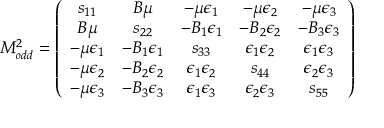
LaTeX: { \cal M } _ { o d d } ^ { 2 } = \left( \begin{array} { c c c c c } { { s _ { 1 1 } } } & { { B \mu } } & { { - \mu \epsilon _ { 1 } } } & { { - \mu \epsilon _ { 2 } } } & { { - \mu \epsilon _ { 3 } } } \\ { { B \mu } } & { { s _ { 2 2 } } } & { { - B _ { 1 } \epsilon _ { 1 } } } & { { - B _ { 2 } \epsilon _ { 2 } } } & { { - B _ { 3 } \epsilon _ { 3 } } } \\ { { - \mu \epsilon _ { 1 } } } & { { - B _ { 1 } \epsilon _ { 1 } } } & { { s _ { 3 3 } } } & { { \epsilon _ { 1 } \epsilon _ { 2 } } } & { { \epsilon _ { 1 } \epsilon _ { 3 } } } \\ { { - \mu \epsilon _ { 2 } } } & { { - B _ { 2 } \epsilon _ { 2 } } } & { { \epsilon _ { 1 } \epsilon _ { 2 } } } & { { s _ { 4 4 } } } & { { \epsilon _ { 2 } \epsilon _ { 3 } } } \\ { { - \mu \epsilon _ { 3 } } } & { { - B _ { 3 } \epsilon _ { 3 } } } & { { \epsilon _ { 1 } \epsilon _ { 3 } } } & { { \epsilon _ { 2 } \epsilon _ { 3 } } } & { { s _ { 5 5 } } } \end{array} \right)